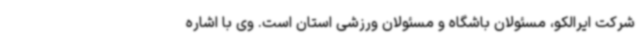
شرکت ایرالکو، مسئولان باشگاه و مسئولان ورزشی استان است. وی با اشاره